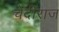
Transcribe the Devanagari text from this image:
चेदीराज